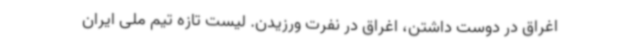
اغراق در دوست داشتن، اغراق در نفرت ورزیدن. لیست تازه تیم‌ ملی ایران